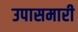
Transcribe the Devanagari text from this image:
उपासमारी